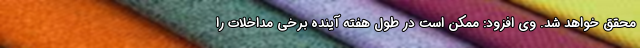
محقق خواهد شد. وی افزود: ممکن است در طول هفته آینده برخی مداخلات را